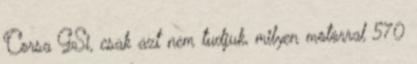
Corsa GSi, csak azt nem tudjuk, milyen motorral 570